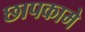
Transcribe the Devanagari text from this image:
छापकामे